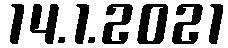
14.1.2021